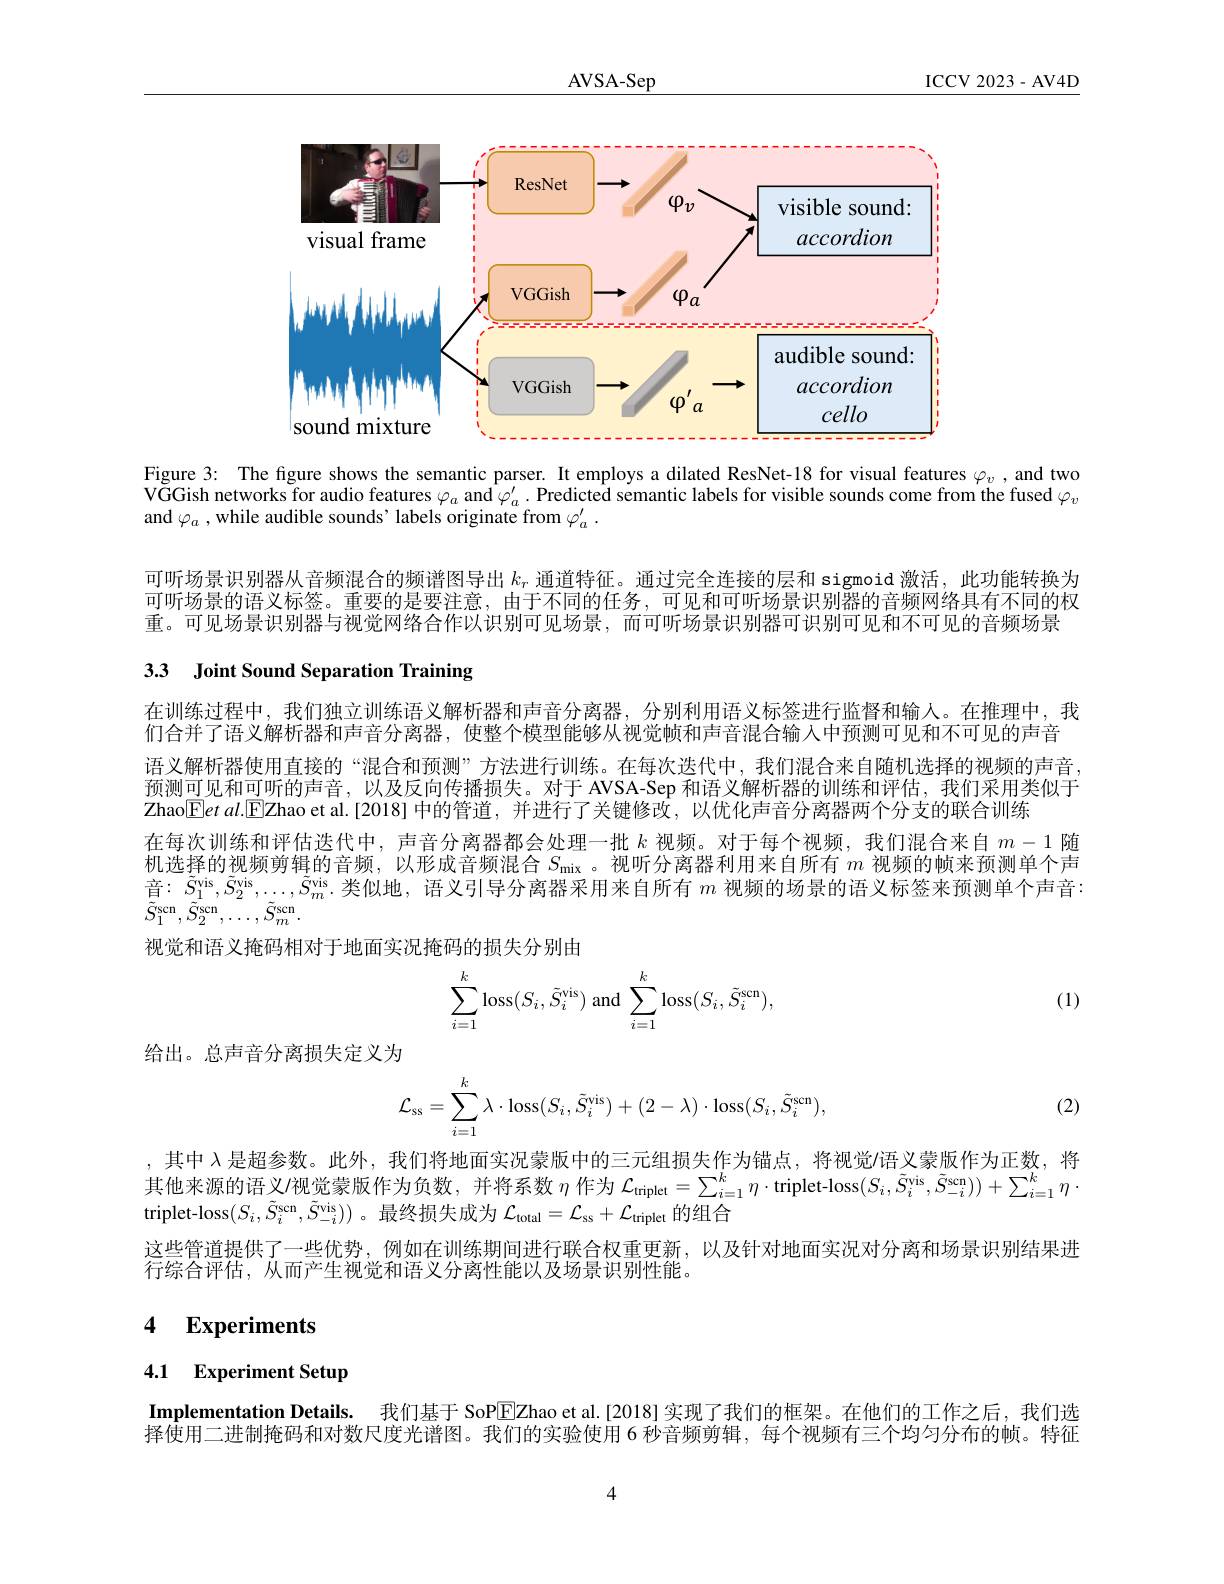
$\underline{\mathrm{AVSA-Sep}}$

ICCV 2023- AV4D

<FigureHere>

Figure 3: The figure shows the semantic parser. It employs a dilated ResNet-18 for visual features $\varphi_v$, and two VGGish networks for audio features $\varphi_a$ and $\varphi_a^\prime.$ Predicted semantic labels for visible sounds come from the fused $\varphi_v$ and $\varphi_a$ , while audible sounds' labels originate from $\varphi_a^{\prime}.$

可听场景识别器从音频混合的频谱图导出$k_r$通道特征。通过完全连接的层和 sigmoid 激活，此功能转换为可听场景的语义标签。重要的是要注意，由于不同的任务，可见和可听场景识别器的音频网络具有不同的权重。可见场景识别器与视觉网络合作以识别可见场景，而可听场景识别器可识别可见和不可见的音频场景

## 3.3 Joint Sound Separation Training

在训练过程中，我们独立训练语义解析器和声音分离器，分别利用语义标签进行监督和输人。在推理中，我们合并了语义解析器和声音分离器，使整个模型能够从视觉帧和声音混合输入中预测可见和不可见的声音语义解析器使用直接的“混合和预测”方法进行训练。在每次迭代中，我们混合来自随机选择的视频的声音预测可见和可听的声音，以及反向传播损失。对于 AVSA-Sep 和语义解析器的训练和评估，我们采用类似于Zhao$\boxed{\mathrm{F}etal.\mathrm{E}}$Zhao et al.[2018] 中的管道，并进行了关键修改，以优化声音分离器两个分支的联合训练
在每次训练和评估迭代中，声音分离器都会处理一批$k$视频。对于每个视频，我们混合来自$m-1$随机选择的视频剪辑的音频，以形成音频混合$S_\mathrm{mix}$ 。视听分离器利用来自所有$m$视频的帧来预测单个声音$:\tilde{S}_1^\mathrm{vis},\tilde{S}_2^\mathrm{vis},\ldots,\tilde{S}_m^\mathrm{vis}$.类似地，语义引导分离器采用来自所有 $m$ 视频的场景的语义标签来预测单个声音： $\tilde{S}_{1}^{\mathrm{scn}},\tilde{S}_{2}^{\mathrm{scn}},\ldots,\tilde{S}_{m}^{\mathrm{scn}}.$
视觉和语义掩码相对于地面实况掩码的损失分别由

(1)
$$\begin{aligned}\sum_{i=1}^k\operatorname{loss}(S_i,\tilde{S}_i^{\operatorname{vis}})\text{and}\sum_{i=1}^k\operatorname{loss}(S_i,\tilde{S}_i^{\operatorname{scn}}),\end{aligned}$$
给出。总声音分离损失定义为

(2)
$$\mathcal{L}_{\mathrm{ss}}=\sum_{i=1}^{k}\lambda\cdot\mathrm{loss}(S_{i},\tilde{S}_{i}^{\mathrm{vis}})+(2-\lambda)\cdot\mathrm{loss}(S_{i},\tilde{S}_{i}^{\mathrm{scn}}),$$
,其中$\lambda$是超参数。此外，我们将地面实况蒙版中的三元组损失作为锚点，将视觉语义蒙版作为正数，将其他来源的语义$I$视觉蒙版作为负数，并将系数$\eta$作为 $\mathcal{L}_\text{triplet}=\sum_{i=1}^k\eta\cdot$triplet-loss$(S_i,\tilde{S}_i^\mathrm{vis},\tilde{S}_{-i}^\mathrm{con}))+\sum_{i=1}^k\eta\cdot$ triplet-loss$(S_i,\tilde{S}_i^{\mathrm{scn}},\tilde{S}_{-i}^{\mathrm{vis}}))$ 。最终损失成为$\mathcal L_\mathrm{total}=\mathcal{L}_\mathrm{ss}+\mathcal{L}_\mathrm{triplet}$的组合
这些管道提供了一些优势，例如在训练期间进行联合权重更新，以及针对地面实况对分离和场景识别结果进
行综合评估，从而产生视觉和语义分离性能以及场景识别性能

## 4 $\textbf{Experiments}$

# 4.1 Experiment Setup

Implementation Details. 我们基于 SoPEZhao et al.[2018] 实现了我们的框架。在他们的工作之后，我们说

择使用二进制掩码和对数尺度光谱图。我们的实验使用 6 秒音频剪辑，每个视频有三个均匀分布的帧。特征

4